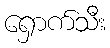
ရှောက်သီး